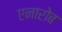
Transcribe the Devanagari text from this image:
एनारोब